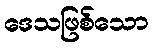
ဒေသဖြစ်သော